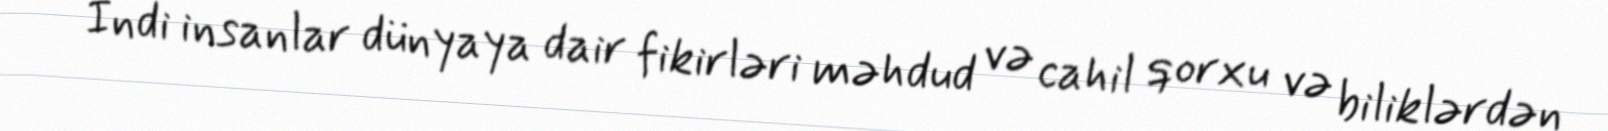
- İndi insanlar dünyaya dair fikirləri məhdud və cahil qorxu və biliklərdən